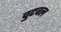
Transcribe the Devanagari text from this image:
वुटवल